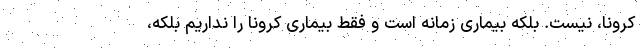
کرونا، نیست. بلکه بیماری زمانه است و فقط بیماری کرونا را نداریم بلکه،